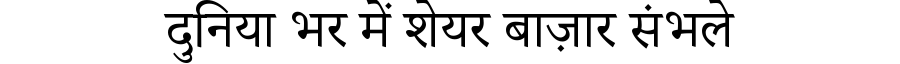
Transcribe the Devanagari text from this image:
दुनिया भर में शेयर बाज़ार संभले